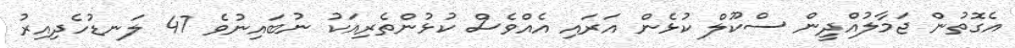
އެގޮތުން ޖަމާލުއްދީން ސްކޫލް ކުޅެން އަރައި އެއްވެސް ކުޅުންތެރިއަކު ނުބައިނުވެ 47 ލަނޑުހެދިއިރު